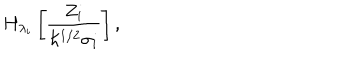
LaTeX: H _ { \lambda _ { i } } \left[ \frac { Z _ { i } } { \hbar ^ { 1 / 2 } \sigma _ { i } } \right] ,